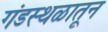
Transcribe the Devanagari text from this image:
गंडस्थळातून